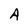
Character: A